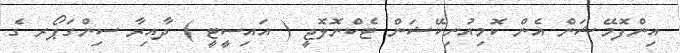
އިންފޮމޭޝަން އެން ކޮމިއުނިކޭޝަން ޓެކްނޮލޮޖީ ( އައިސީޓީ ) ދާއިރާ ސިންގަޕޯރ ގެ